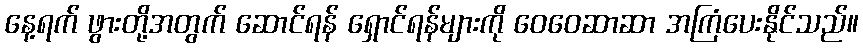
နေ့ရက် ဖွားတို့အတွက် ဆောင်ရန် ရှောင်ရန်များကို ဝေဝေဆာဆာ အကြံပေးနိုင်သည်။